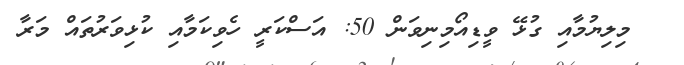
މިލިޔުމާއި ގުޅޭ ވީޑިއޯމިނިވަން 50: އަސްކަރީ ހެވިކަމާއި ކުޅިވަރުތައް މަރާ